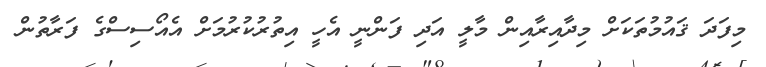
މިފަދަ ޤައުމުތަކަށް މިދާއިރާއިން މާލީ އަދި ފަންނީ އެހީ އިތުރުކުރުމަށް އެއޯސިސްގެ ފަރާތުން